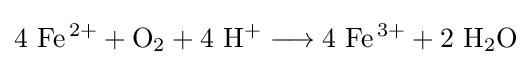
\mathrm {4\ Fe^{\,2+}+O_{2}+4\ H^{+}\longrightarrow 4\ Fe^{\,3+}+2\ H_{2}O}